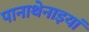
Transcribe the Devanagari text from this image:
पानाथेनाइयां